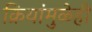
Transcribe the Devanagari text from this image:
क्रियांमुळेही